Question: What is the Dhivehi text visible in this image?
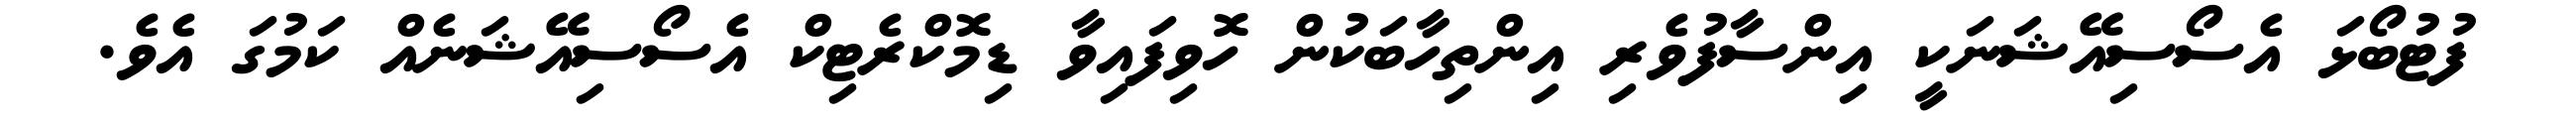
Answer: ފުޓުބޯޅަ އެސޯސިއޭޝަނަކީ އިންސާފުވެރި އިންތިހާބަކުން ހޮވިފައިވާ ޑިމޮކްރެޓިކް އެސޯސިއޭޝަނެއް ކަމުގަ އެވެ.